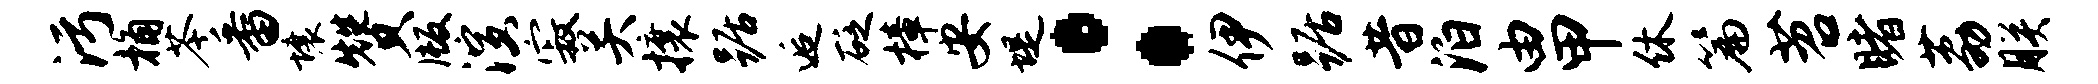
污桷苓番壤赞版演寂关攘踞逅砭樟安堤：伊踞昔泊由甲休篇苕睹荔朕